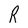
Character: R